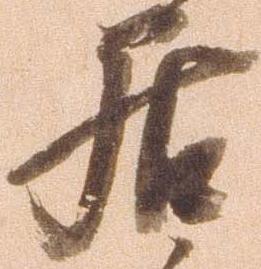
居